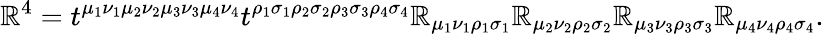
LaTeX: \mathbb{R}^{4}=t^{\mu_{1}\nu_{1}\mu_{2}\nu_{2}\mu_{3}\nu_{3}\mu_{4}\nu_{4}}t^{\rho_{1}\sigma_{1}\rho_{2}\sigma_{2}\rho_{3}\sigma_{3}\rho_{4}\sigma_{4}}\mathbb{R}_{\mu_{1}\nu_{1}\rho_{1}\sigma_{1}}\mathbb{R}_{\mu_{2}\nu_{2}\rho_{2}\sigma_{2}}\mathbb{R}_{\mu_{3}\nu_{3}\rho_{3}\sigma_{3}}\mathbb{R}_{\mu_{4}\nu_{4}\rho_{4}\sigma_{4}}.